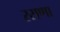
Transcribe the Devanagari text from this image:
रसणा